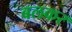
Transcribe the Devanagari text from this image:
बलकर